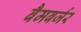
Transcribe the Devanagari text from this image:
बैमबर्जर